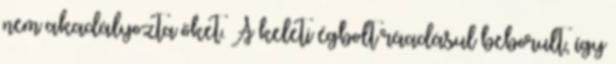
nem akadályozta őket. A keleti égbolt ráadásul beborult, így